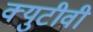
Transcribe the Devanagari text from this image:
क्युटीवी